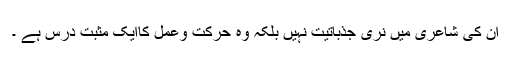
ان کی شاعری میں نری جذباتیت نہیں بلکہ وہ حرکت وعمل کاایک مثبت درس ہے ۔